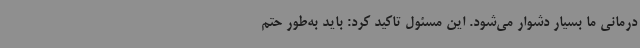
درمانی ما بسیار دشوار می‌شود. این مسئول تاکید کرد: باید به‌طور حتم